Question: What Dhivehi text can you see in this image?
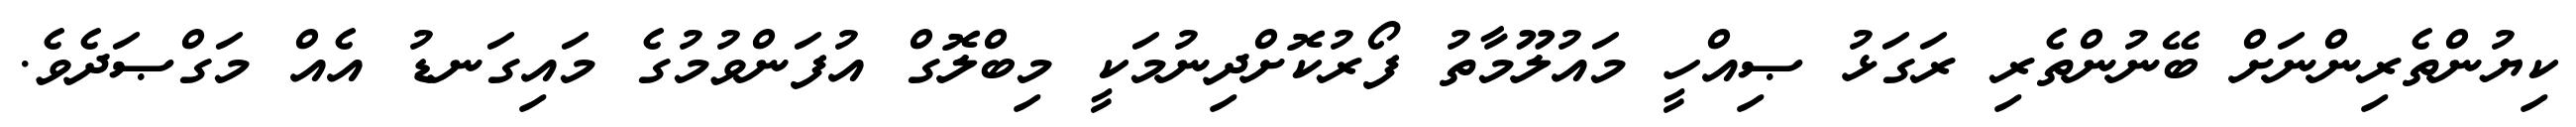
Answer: ކިޔުންތެރިންނަށް ބޭނުންތެރި ރަގަޅު ޞިއްހީ މައުލޫމާތު ފޯރުކޮށްދިނުމަކީ މިބްލޮގް އުފަންވުމުގެ މައިގަނޑު އެއް މަގްޞަދެވެ.